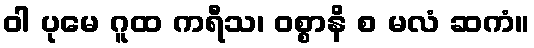
ဝါ ပုမေ ဂူထ ကရီသ၊ ဝစ္စာနိ စ မလံ ဆကံ။